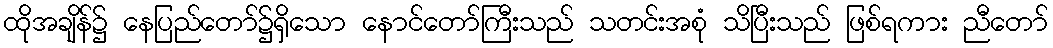
ထိုအချိန်၌ နေပြည်တော်၌ရှိသော နောင်တော်ကြီးသည် သတင်းအစုံ သိပြီးသည် ဖြစ်ရကား ညီတော်